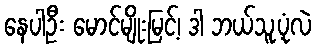
နေပါဦး မောင်မျိုးမြင့်၊ ဒါ ဘယ်သူ့ပုံလဲ